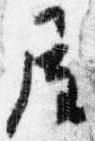
屋